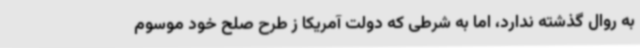
به روال گذشته ندارد، اما به شرطی که دولت آمریکا ز طرح صلح خود موسوم